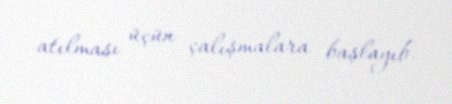
atılması üçün çalışmalara başlayıb.